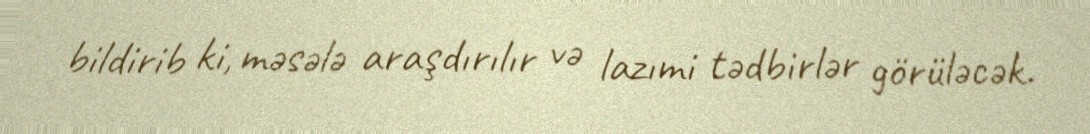
bildirib ki, məsələ araşdırılır və lazımi tədbirlər görüləcək.